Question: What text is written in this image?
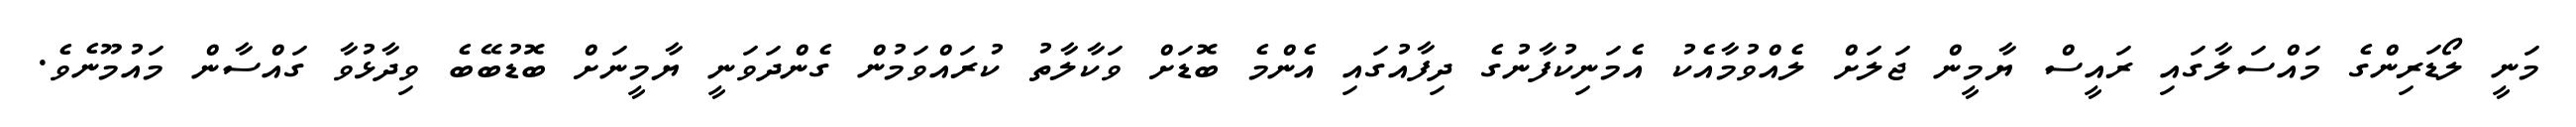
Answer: މަނީ ލޯޑަރިންގެ މައްސަލާގައި ރައީސް ޔާމީން ޖަލަށް ލެއްވުމާއެކު އެމަނިކުފާނުގެ ދިފާއުގައި އެންމެ ބޮޑަށް ވަކާލާތު ކުރައްވަމުން ގެންދަވަނީ ޔާމީނަށް ބޮޑުބޭބެ ވިދާޅުވާ ގައްސާން މައުމޫނެވެ.